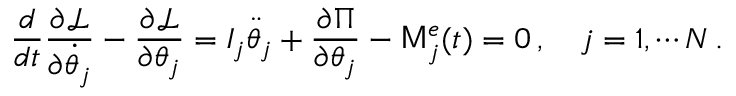
\frac { d } { d t } \frac { \partial \mathcal { L } } { \partial \dot { \theta } _ { j } } - \frac { \partial \mathcal { L } } { \partial \theta _ { j } } = I _ { j } \ddot { \theta } _ { j } + \frac { \partial \Pi } { \partial \theta _ { j } } - \mathsf { M } _ { j } ^ { e } ( t ) = 0 \, , \quad j = 1 , \cdots N \, .